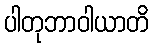
ပါတုဘာဝါယာတိ